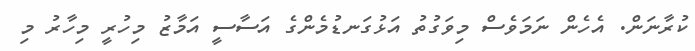
ކުރާނަން. އެހެން ނަމަވެސް މިވަގުތު އަޅުގަނޑުމެންގެ އަސާސީ އަމާޒު މިހުރީ މިހާރު މި